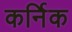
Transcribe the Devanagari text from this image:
कर्निक